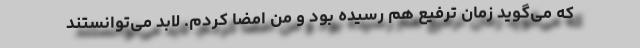
که می‌گوید زمان ترفیع هم رسیده بود و من امضا کردم. لابد می‌توانستند